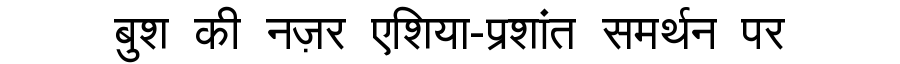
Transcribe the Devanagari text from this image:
बुश की नज़र एशिया-प्रशांत समर्थन पर